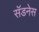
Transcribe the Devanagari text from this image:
सॅडनेस